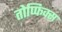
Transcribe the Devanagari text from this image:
तोप्फिक्स